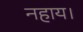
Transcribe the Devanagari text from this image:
नहाय।